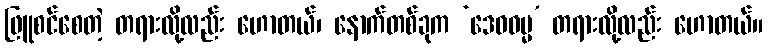
ဖြူစင်စေတဲ့ တရားလို့လည်း ဟောတယ်၊ နောက်တစ်ခုက ‘ဒေဝဓမ္မ’ တရားလို့လည်း ဟောတယ်။